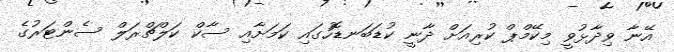
އޭނާ ވިދާޅުވީ މިކޭމްޕް ކުރިއަށް ދާނީ ކުޑަބަނޑޮހުގައި ކަމަށާއި ސާކް ކަލްޗްރަލް ސެންޓަރުގެ